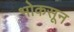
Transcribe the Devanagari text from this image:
भोकसून